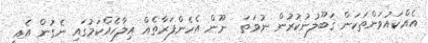
އެއްކައުވަންތަކަން ޤަބޫލުނުކުރުން ނުވަތަ  ނޫން އެހެންފަރާތެއް އިލާހެއްކަމުގައި ނެގުން އެއީ